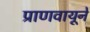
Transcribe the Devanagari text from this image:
प्राणवायूने